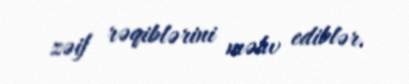
zəif rəqiblərini məhv ediblər.